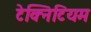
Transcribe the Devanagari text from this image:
टेक्निटियम